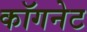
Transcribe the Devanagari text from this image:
कॉगनेट